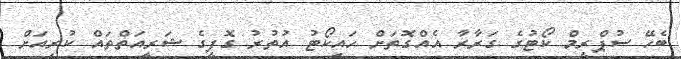
ބެހޭ ސުޕްރީމް ކޯޓުގެ ގަރާރާ އެއްގޮތަށް ހައިކޯޓު އުތުރު ގޮފީގެ ޝަރީއަތްތައް ކުރިއަށް